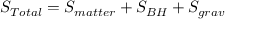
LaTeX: S _ { T o t a l } = S _ { m a t t e r } + S _ { B H } + S _ { g r a v }